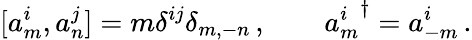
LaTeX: [a_{m}^{i},a_{n}^{j}]=m\delta^{ij}\delta_{m,-n}\, ,\qquad{a_{m}^{i}}^{\dagger}=a_{-m}^{i}\, .